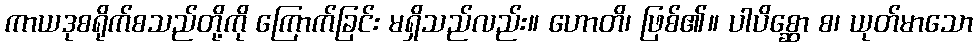
ကာယဒုစရိုက်စသည်တို့ကို ကြောက်ခြင်း မရှိသည်လည်း။ ဟောတိ၊ ဖြစ်၏။ ပါပိစ္ဆော စ၊ ယုတ်မာသော